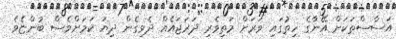
އަސާސްތަކަށް އޭނާގެ ހިތުގައި ވަރަށް މަތިވެރި ދަރަޖައެއް ދެވިގެން ދިޔަ ކަމަށްވެސް ބުންޏެވެ.